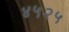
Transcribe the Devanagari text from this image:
४५२५